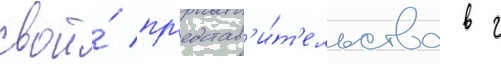
свои́ пр'едстав'и́т'ельства в г